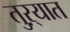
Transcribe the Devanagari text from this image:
तुऱ्यात